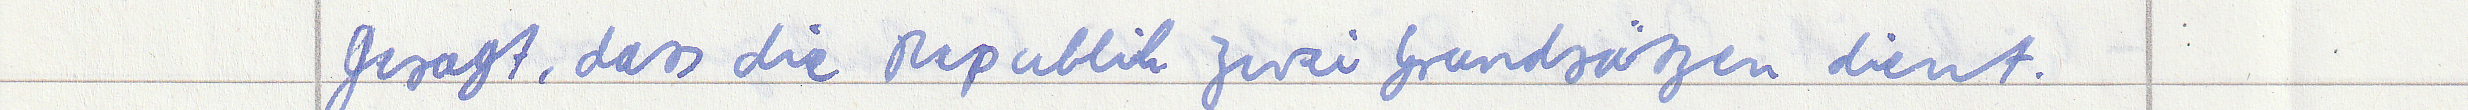
gesagt, dass die Republik zwei Grundsätzen dient.